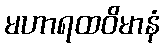
မဟာရထဝိမာနံ